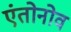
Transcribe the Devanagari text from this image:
एंतोनोव